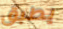
يطبق